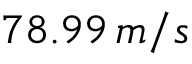
7 8 . 9 9 \, m / s